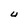
Character: U